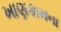
ખાણકામના